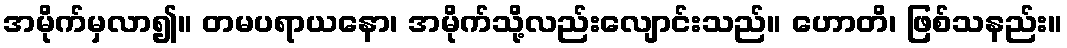
အမိုက်မှလာ၍။ တမပရာယနော၊ အမိုက်သို့လည်းလျောင်းသည်။ ဟောတိ၊ ဖြစ်သနည်း။